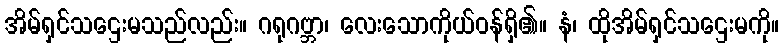
အိမ်ရှင်သဌေးမသည်လည်း။ ဂရုဂဗ္ဘာ၊ လေးသောကိုယ်ဝန်ရှိ၏။ နံ၊ ထိုအိမ်ရှင်သဌေးမကို။